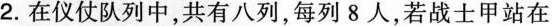
2.在仪仗队列中，共有八列，每列8人，若战士甲站在